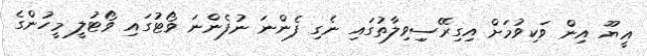
އީޔޫ އިން ވަކިވުމަށް އިގިރޭސިިވިލާތުގައި ނެގި ފެންނަ ނުފެންނަ ވޯޓުގައި ވޯޓުލީ މީހުންގެ